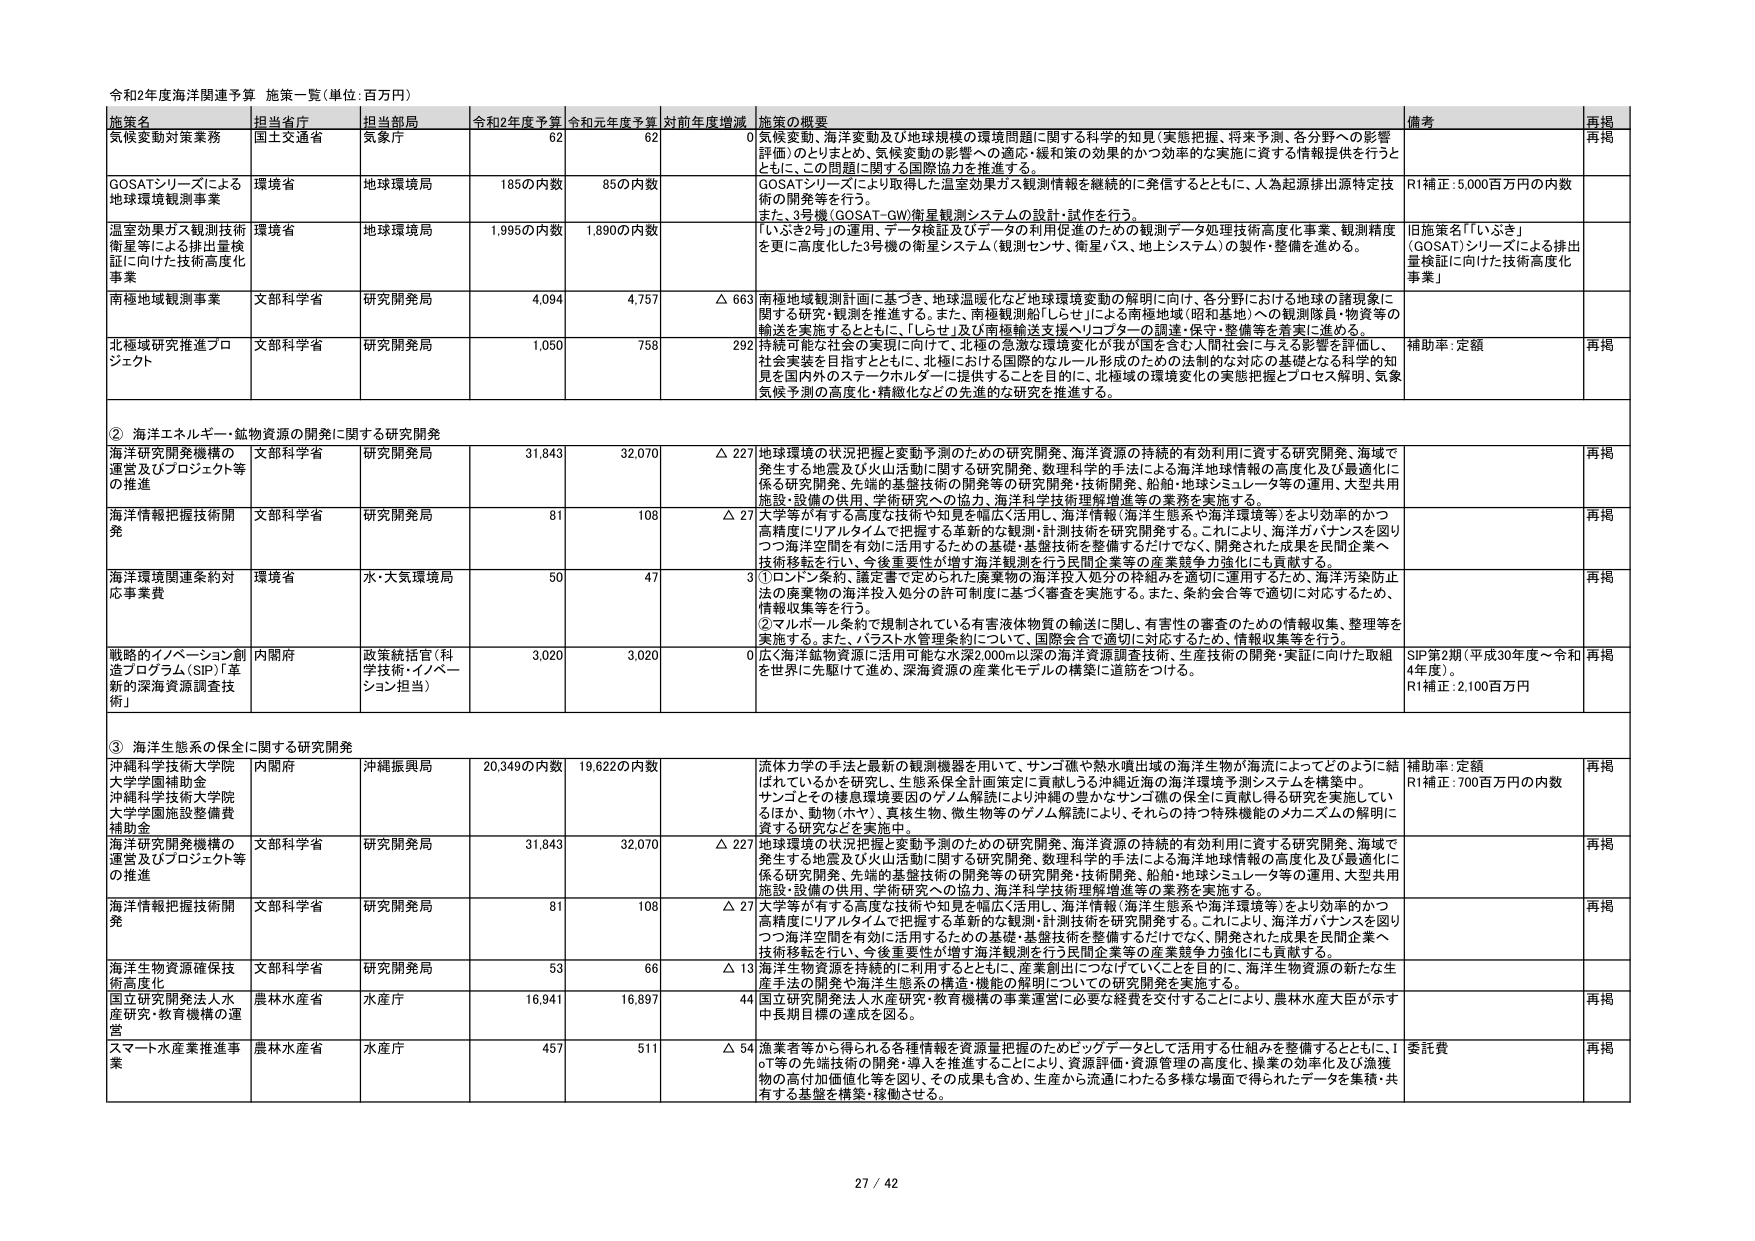
令和2年度海洋関連予算 施策一覧（単位：百万円）

施策名 担当省庁 担当部局 令和2年度予算 令和元年度予算 対前年度増減 施策の概要 備考 再掲
気候変動対策業務 国土交通省 気象庁 62 62 0 気候変動、海洋変動及び地球規模の環境問題に関する科学的知見（実態把握、将来予測、各分野への影響評価）のとりまとめ、気候変動の影響への適応・緩和策の効果的かつ効率的な実施に資する情報提供を行うとともに、この問題に関する国際協力を推進する。 再掲
GOSATシリーズによる地球環境観測事業 環境省 地球環境局 1850の内数 850の内数 GOSATシリーズにより取得した温室効果ガス観測情報を継続的に発信するとともに、人為起源排出源特定技術の開発等を行う。 また、3号機（GOSAT-GW衛星観測システムの設計・試作を行う。 R1補正：5,000百万円の内数
温室効果ガス観測技術衛星等による排出量検証に向けた技術高度化事業 環境省 地球環境局 1,995の内数 1,890の内数 「いぶき2号」の運用、データ検証及びデータの利用促進のための観測データ処理技術高度化事業、観測精度を更に高度化した3号機の衛星システム（観測センサ、衛星バス、地上システム）の製作・整備を進める。 旧施策名「『いぶき』（GOSAT）シリーズによる排出量検証に向けた技術高度化事業」
南極地域観測事業 文部科学省 研究開発局 4,094 4,757 △ 663 南極地域観測計画に基づき、地球温暖化など地球環境変動の解明に向け、各分野における地球の諸現象に関する研究・観測を推進する。また、南極観測船「しらせ」による南極地域（昭和基地）への観測隊員・物資等の輸送を実施するとともに、「しらせ」及び南極輸送支援ヘリコプターの調達・保守・整備等を着実に進める。
北極域研究推進プロジェクト 文部科学省 研究開発局 1,050 758 292 持続可能な社会の実現に向け、北極の急激な環境変化が我が国を含む人間社会に与える影響を評価し、社会実装を目指すとともに、北極における国際的なルール形成のための法的な対応の基礎となる科学的知見を国内外のステークホルダーに提供することを目的に、北極域の環境変化の実態把握とプロセス解明、気象気候予測の高度化・精緻化などの先進的な研究を推進する。 補助率：定額 再掲

② 海洋エネルギー・鉱物資源の開発に関する研究開発
海洋研究開発機構の運営及びプロジェクト等の推進 文部科学省 研究開発局 31,843 32,070 △ 227 地球環境の状況把握と変動予測のための研究開発、海洋資源の持続的有効利用に資する研究開発、海域で発生する地震及び火山活動に関する研究開発、数理科学的手法による海洋地球情報の高度化及び最適化に係る研究開発、先端的基盤技術の開発等の研究開発・技術開発、船舶・地球シミュレータ等の運用、大型共用施設・設備の供用、学術研究への協力、海洋科学技術理解増進等の業務を実施する。 再掲
海洋情報把握技術開発 文部科学省 研究開発局 81 108 △ 27 大学等が有する高度な技術や知見を幅広く活用し、海洋情報（海洋生態系や海洋環境等）をより効率的かつ高精度にリアルタイムで把握する革新的な観測・計測技術を研究開発する。これにより、海洋ガバナンスを図りつつ海洋空間を有効に活用するための基礎・基盤技術を整備するだけでなく、開発された成果を民間企業へ技術移転を行い、今後重要性が増す海洋観測を行う民間企業等の産業競争力強化にも貢献する。 再掲
海洋環境関連条約対応事業費 環境省 水・大気環境局 50 47 3 ①ロンドン条約、議定書で定められた廃棄物の海洋投入処分の枠組みを適切に運用するため、海洋汚染防止法の廃棄物の海洋投入処分の許可制度に基づく審査を実施する。また、条約会合等で適切に対応するため、情報収集等を行う。 ②マルポール条約で規制されている有害液体物質の輸送に関し、有害性の審査のための情報収集、整理等を実施する。また、バラスト水管理条約について、国際会合で適切に対応するため、情報収集等を行う。 再掲
戦略的イノベーション創造プログラム（SIP）「革新的深海資源調査技術」 内閣府 政策統括官（科学技術・イノベーション担当） 3,020 3,020 0 広く海洋鉱物資源に活用可能な水深2,000m以深の海洋資源調査技術、生産技術の開発・実証に向けた取組を世界に先駆けて進め、深海資源の産業化モデルの構築に道筋をつける。 SIP第2期（平成30年度～令和4年度）。 R1補正：2,100百万円 再掲

③ 海洋生態系の保全に関する研究開発
沖縄科学技術大学院大学学園補助金 沖縄科学技術大学院大学学園施設整備費補助金 内閣府 沖縄振興局 20,349の内数 19,622の内数 流体力学的手法と最新の観測機器を用いて、サンゴ礁や熱水噴出域の海洋生物が海流によってどのように結ばれているかを研究し、生態系保全計画策定に貢献しうる沖縄近海の海洋環境予測システムを構築中。 サンゴとその様環境要因のゲノム解読により沖縄の豊かなサンゴ礁の保全に貢献し得る研究を実施しているほか、動物（ホヤ）、真核生物、微生物等のゲノム解読により、それらの持つ特殊機能のメカニズムの解明に資する研究などを実施中。 補助率：定額 R1補正：700百万円の内数 再掲
海洋研究開発機構の運営及びプロジェクト等の推進 文部科学省 研究開発局 31,843 32,070 △ 227 地球環境の状況把握と変動予測のための研究開発、海洋資源の持続的有効利用に資する研究開発、海域で発生する地震及び火山活動に関する研究開発、数理科学的手法による海洋地球情報の高度化及び最適化に係る研究開発、先端的基盤技術の開発等の研究開発・技術開発、船舶・地球シミュレータ等の運用、大型共用施設・設備の供用、学術研究への協力、海洋科学技術理解増進等の業務を実施する。 再掲
海洋情報把握技術開発 文部科学省 研究開発局 81 108 △ 27 大学等が有する高度な技術や知見を幅広く活用し、海洋情報（海洋生態系や海洋環境等）をより効率的かつ高精度にリアルタイムで把握する革新的な観測・計測技術を研究開発する。これにより、海洋ガバナンスを図りつつ海洋空間を有効に活用するための基礎・基盤技術を整備するだけでなく、開発された成果を民間企業へ技術移転を行い、今後重要性が増す海洋観測を行う民間企業等の産業競争力強化にも貢献する。 再掲
海洋生物資源確保技術高度化 文部科学省 研究開発局 53 66 △ 13 海洋生物資源を持続的に利用するとともに、産業創出につなげていくことを目的に、海洋生物資源の新たな生産手法の開発や海洋生産系の構造・機能の解明についての研究開発を実施する。
国立研究開発法人水産研究・教育機構の運営 農林水産省 水産庁 16,941 16,897 44 国立研究開発法人水産研究・教育機構の事業運営に必要な経費を交付することにより、農林水産大臣が示す中長期目標の達成を図る。 再掲
スマート水産業推進事業 農林水産省 水産庁 457 511 △ 54 漁業者等から得られる各種情報を資源量把握のためビッグデータとして活用する仕組みを整備するとともに、IoT等の先端技術の開発・導入を推進することにより、資源評価・資源管理の高度化、操業の効率化及び漁獲物の寄付加価値化等を図り、その成果を含め、生産から流通にわたる多様な場面で得られたデータを集積・共有する基盤を構築・稼働させる。 委託費 再掲

27 / 42